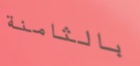
بالثامنة